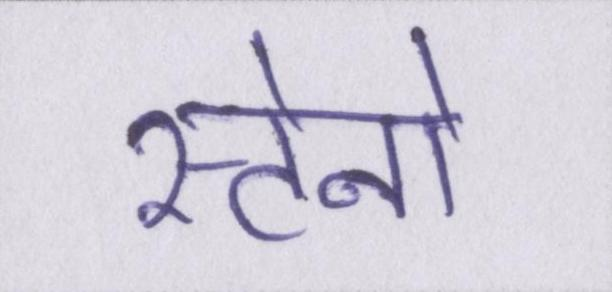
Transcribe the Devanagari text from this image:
स्टेनो